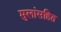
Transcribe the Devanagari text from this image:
मुलांसहित